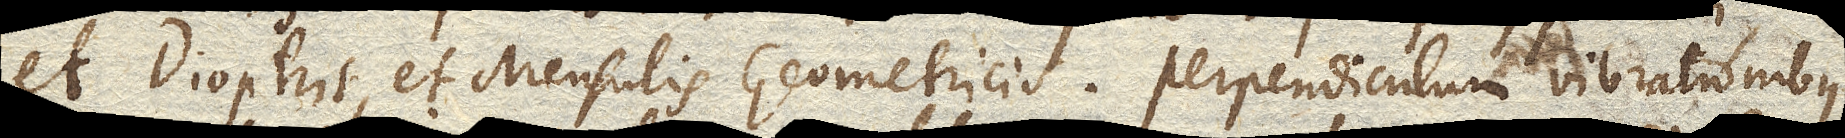
et Dioptris, et Mensulis Geometricis. Perpendiculum vibrationibus